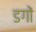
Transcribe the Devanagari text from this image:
डगों